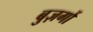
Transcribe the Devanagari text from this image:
बुज़र्गो